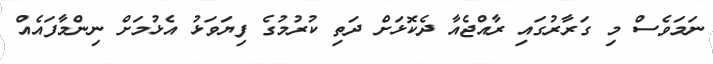
ނަމަވެސް މި ގަރާރުގައި ރާއްޖެއާ ދެކޮޅަށް ދަތި ކުރުމުގެ ފިޔަވަޅު އެޅުމަށް ނިންމާފައެއް